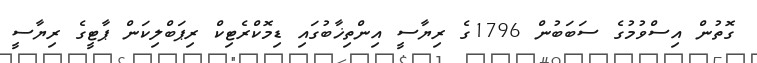
ގޮތުން އިސްވުމުގެ ސަަބަބުން 1796ގެ ރިޔާސީ އިންތިޚާބުގައި ޑިމޮކްރެޓިކް ރިޕަބްލިކަން ޕާޓީގެ ރިޔާސީ